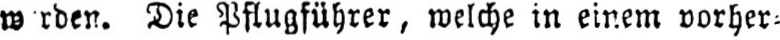
Die Pflugführer, welche in einem vorher⸗